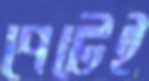
পেটেই